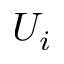
U _ { i }